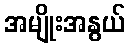
အမျိုးအနွယ်